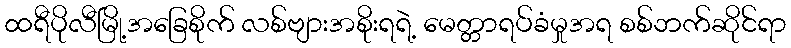
ထရီပိုလီမြို့အခြေစိုက် လစ်ဗျားအစိုးရရဲ့ မေတ္တာရပ်ခံမှုအရ စစ်ဘက်ဆိုင်ရာ